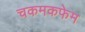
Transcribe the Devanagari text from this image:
चकमकफेम